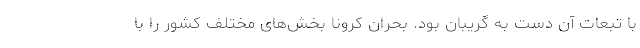
با تبعات آن دست به گریبان بود. بحران کرونا بخش‌های مختلف کشور را با